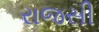
રાજસી